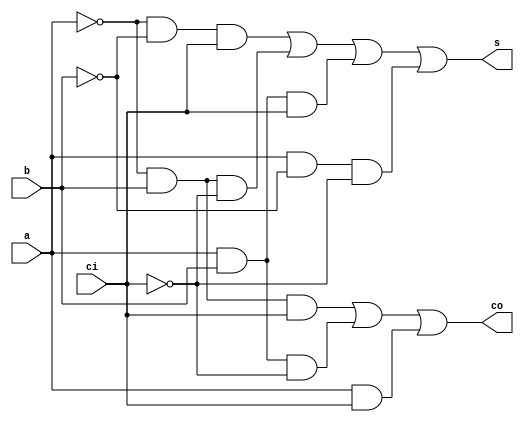
module FA(a, b, ci, s, co);

	// Define inputs and outputs
	input a, b, ci;
	output s, co;
	
	// Assign adding
	assign s = (~a & ~b & ci) | (~a & b & ~ci) | (a & b & ci) | (a & ~b & ~ci);
	assign co = (~a & b & ci) | (a & b & ~ci) | (a & ci);

endmodule